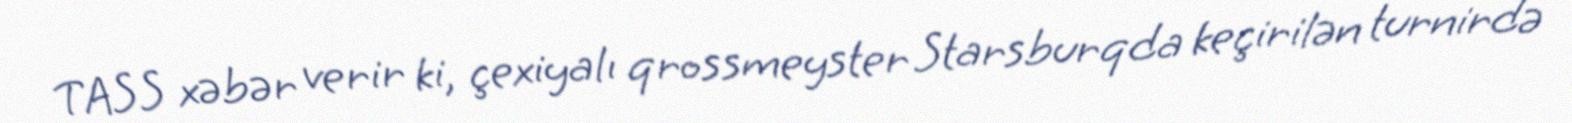
TASS xəbər verir ki, çexiyalı qrossmeyster Starsburqda keçirilən turnirdə